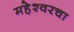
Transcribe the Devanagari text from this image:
महेश्वरचा